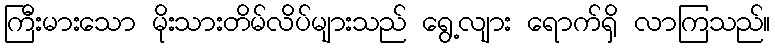
ကြီးမားသော မိုးသားတိမ်လိပ်များသည် ရွေ့လျား ရောက်ရှိ လာကြသည်။